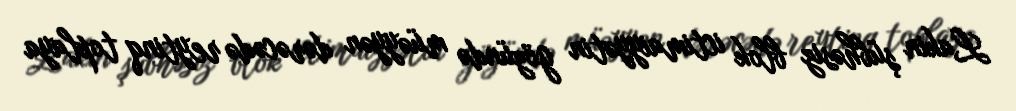
Lakin şübhəsiz blok ictimaiyyətin gözündə müəyyən dərəcədə reytinq toplaya